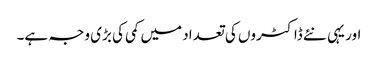
اور یہی نئے ڈاکٹروں کی تعداد میں کمی کی بڑی وجہ ہے۔